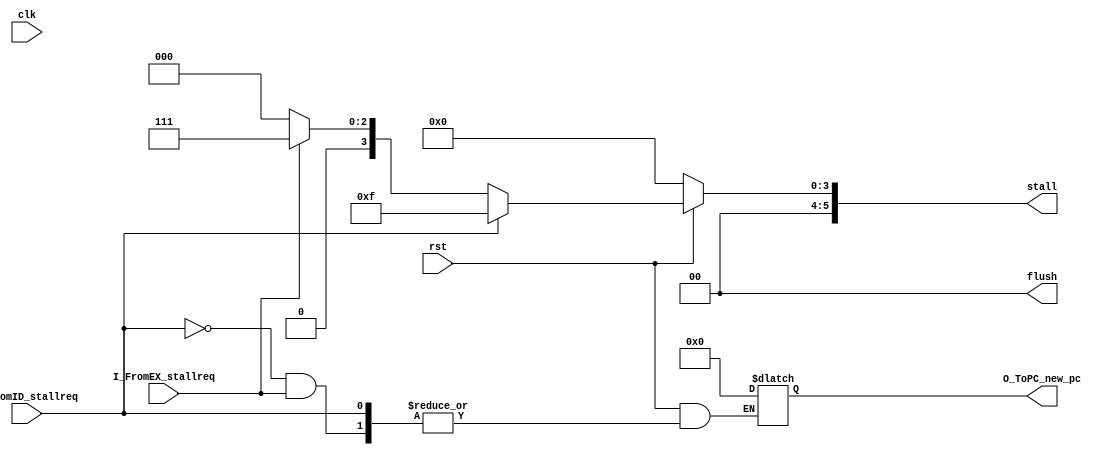
`timescale 1ns / 1ps
//////////////////////////////////////////////////////////////////////////////////
// Company: 
// Engineer: 
// 
// Design Name: 
// Module Name: Ctrl
// Project Name: 
// Target Devices: 
// Tool Versions: 
// Description: 
// 
// Dependencies: 
// 
// Revision:
// Revision 0.01 - File Created
// Additional Comments:
// 
//////////////////////////////////////////////////////////////////////////////////

module Ctrl(
    input clk,
    input rst,
    input wire I_FromID_stallreq,//
    input wire I_FromEX_stallreq,//
    output reg [5:0] stall,//
    output reg [1:0] flush,//
    output reg [31:0] O_ToPC_new_pc
);
always @(*) begin
    if(rst==1'b0) begin
        stall<=6'b0;
        flush<=1'b0;
        O_ToPC_new_pc<=32'b0;
    end else if(I_FromID_stallreq==1'b1) begin
        stall<=6'b001111;
        flush<=1'b0;
    end else if(I_FromEX_stallreq==1'b1) begin
        stall<=6'b000111;
        flush<=1'b0;
    end else begin
        stall<=6'b000000;
        flush<=1'b0;
        O_ToPC_new_pc<=32'b0;
    end
end
endmodule